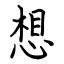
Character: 想